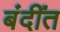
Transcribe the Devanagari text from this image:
बंदींत